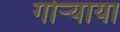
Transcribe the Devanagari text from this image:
गोऱ्याया